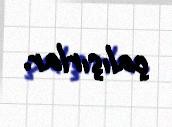
çalışırlar.